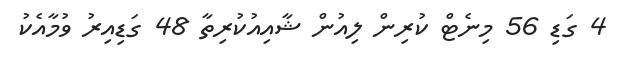
4 ގަޑި 56 މިނެޓް ކުރިން ލިއުން ޝާއިއުކުރިތާ 48 ގަޑިއިރު ވުމާއެކު